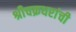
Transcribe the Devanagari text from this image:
श्रीचक्रधरांची